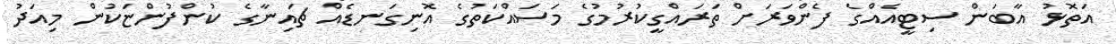
އަތޮޅު އާބަން ސިޓީއެއްގެ ފެންވަރަށް ތަރައްގީކުރުމުގެ މަސައްކަތުގެ އޮނިގަނޑެއް ޗައިނާގެ ކުންފުންޏަކުން މިއަދު